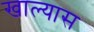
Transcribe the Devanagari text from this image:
खाल्यास